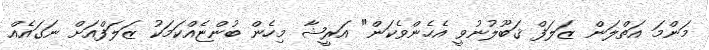
މަންމަ އަތްލަން ޒަލަފް ޤަބޫލުނުވީ އެހެންވެކަން" އަރީޝާ މިހެން ބުންޏެއްކަމަކު ޒަލަފްއަށް ނަގައެއް